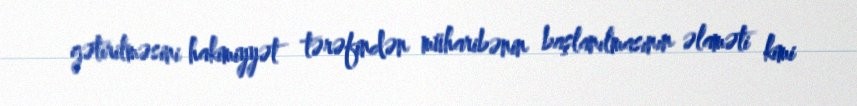
gətirilməsini hakimiyyət tərəfindən müharibənin başlanılmasının əlaməti kimi